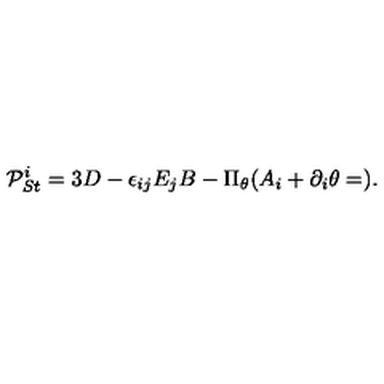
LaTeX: { \cal P } _ { S t } ^ { i } = 3 D - \epsilon _ { i j } E _ { j } B - \Pi _ { \theta } ( A _ { i } + \partial _ { i } \theta = ) .